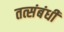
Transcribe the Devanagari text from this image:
तत्संबंधीं